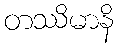
တဿိမာနိ